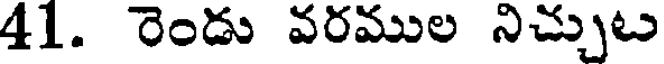
41. రెండు వరముల నిచ్చుట